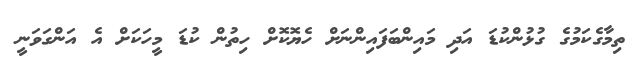
ތިމާގެކަމުގެ ގުޅުންކުޑަ އަދި މައިންބަފައިންނަށް ހެޔޮކޮށް ހިތުން ކުޑަ މީހަކަށް އެ އަންގަވަނީ